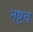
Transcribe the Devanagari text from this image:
नष्टच